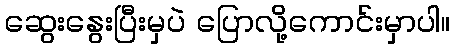
ဆွေးနွေးပြီးမှပဲ ပြောလို့ကောင်းမှာပါ။